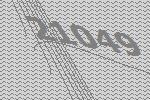
21049